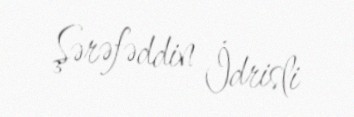
Şərəfəddin İdrisli